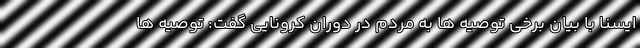
ایسنا با بیان برخی توصیه ها به مردم در دوران کرونایی گفت: توصیه ها